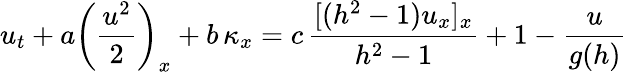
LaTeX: u_{t}+a\left(\frac{u^{2}}{2}\right)_{x}+b\, \kappa_{x}=c\, \frac{[(h^{2}-1)u_{x}]_{x}}{h^{2}-1}+1-\frac{u}{g(h)}